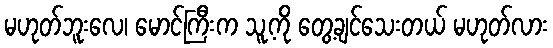
မဟုတ်ဘူးလေ၊ မောင်ကြီးက သူ့ကို တွေ့ချင်သေးတယ် မဟုတ်လား